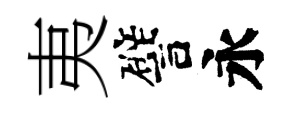
夷譬永